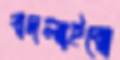
বদলাইবো